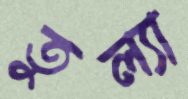
তুল্যা